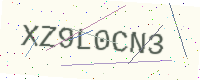
Text: XZ9L0CN3